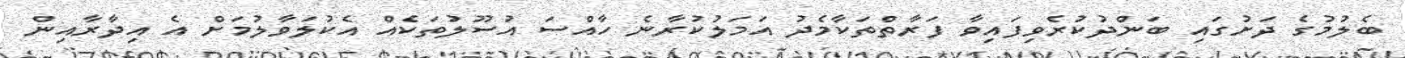
ބެލުމުގެ ދަށުގައި ބަންދުކުރެވިފައިވާ ފަރާތްތަކާމެދު އަމަލުކުރާނެ ހާއްސަ އުސޫލުތަކެއް އެކުލަވާލުމަށް އެ އިދާރާއިން